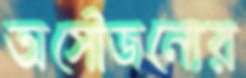
অসৌজন্যের